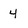
Character: 4